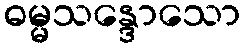
ဓမ္မသန္ဒောသော